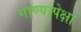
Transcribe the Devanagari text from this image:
गाण्यांपेक्षा